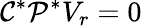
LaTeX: \mathcal{C}^{*}\mathcal{P}^{*}V_{r}=0